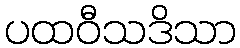
ပထဝီသဒိသာ